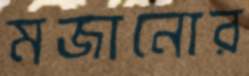
মজানোর